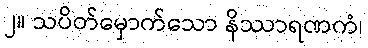
၂။ သပိတ်မှောက်သော နိဿာရဏကံ၊